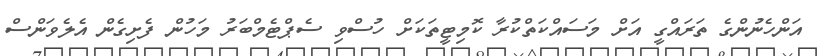
އަންހެނުންގެ ތަރައްގީ އަށް މަސައްކަތްކުރާ ކޮމިޓީތަކަށް ހުސްވި ސެޕްޓެމްބަރު މަހުން ފެށިގެން އެލެވަންސް